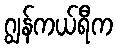
ဂျွန်ကယ်ရီက